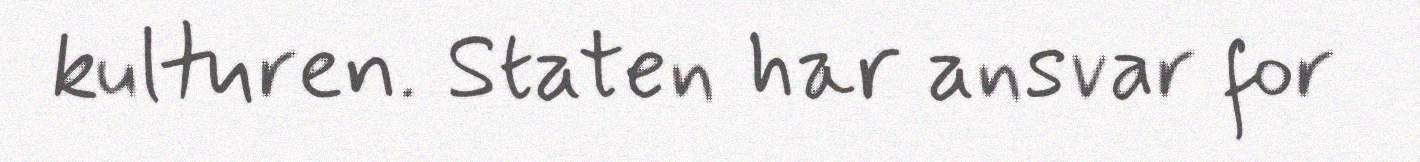
kulturen. Staten har ansvar for